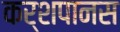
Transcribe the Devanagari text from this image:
कर्शपानस